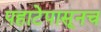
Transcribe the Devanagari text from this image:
पहाटेपासूनच